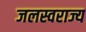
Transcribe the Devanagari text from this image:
जलस्वराज्य